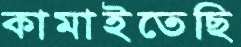
কামাইতেছি